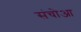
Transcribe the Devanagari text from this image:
संचोआ